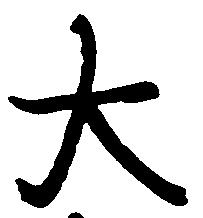
大